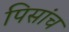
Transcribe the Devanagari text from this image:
पिसांच